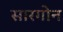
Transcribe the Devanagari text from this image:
सारगोन